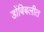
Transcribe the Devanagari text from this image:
डोंबिबलीत